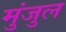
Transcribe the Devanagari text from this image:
मुंजुल